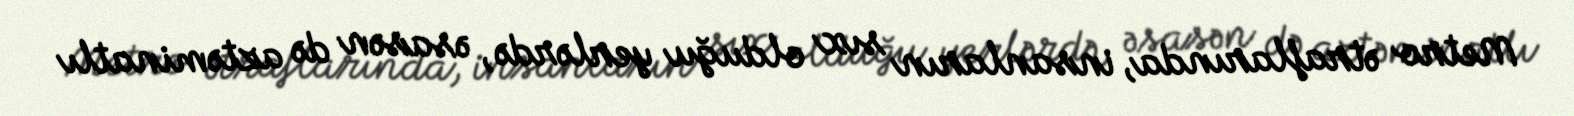
Metro ətraflarında, insanların sıx olduğu yerlərdə, əsasən də aztəminatlı